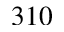
3 1 0